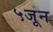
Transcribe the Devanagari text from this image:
५जून